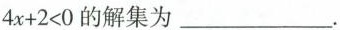
4 x + 2 < 0$$ 的解集为___.